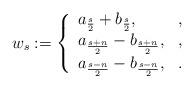
LaTeX: \begin{align*}w_s:=\left\{\begin{array}{ll}a_{\frac{s}{2}}+b_{\frac{s}{2}},&,\\a_{\frac{s+n}{2}}-b_{\frac{s+n}{2}},&,\\a_{\frac{s-n}{2}}-b_{\frac{s-n}{2}},&.\end{array}\right.\end{align*}